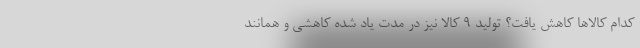
کدام کالاها کاهش یافت؟ تولید ۹ کالا نیز در مدت یاد شده کاهشی و همانند